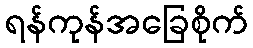
ရန်ကုန်အခြေစိုက်